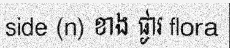
side (n) ខាង ផ្ងារ flora